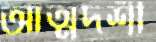
আত্মদর্শী